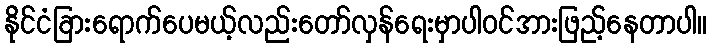
နိုင်ငံခြားရောက်ပေမယ့်လည်းတော်လှန်ရေးမှာပါဝင်အားဖြည့်နေတာပါ။